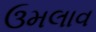
ઉમલાવ